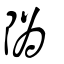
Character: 䧦